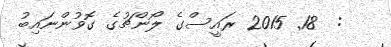
:  18